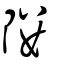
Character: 𨻻